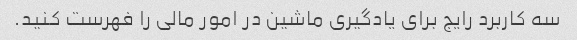
سه کاربرد رایج برای یادگیری ماشین در امور مالی را فهرست کنید.